Plague in India, 1896, 1897 - Volume 1
Year: 1896
Disease focus: Plague
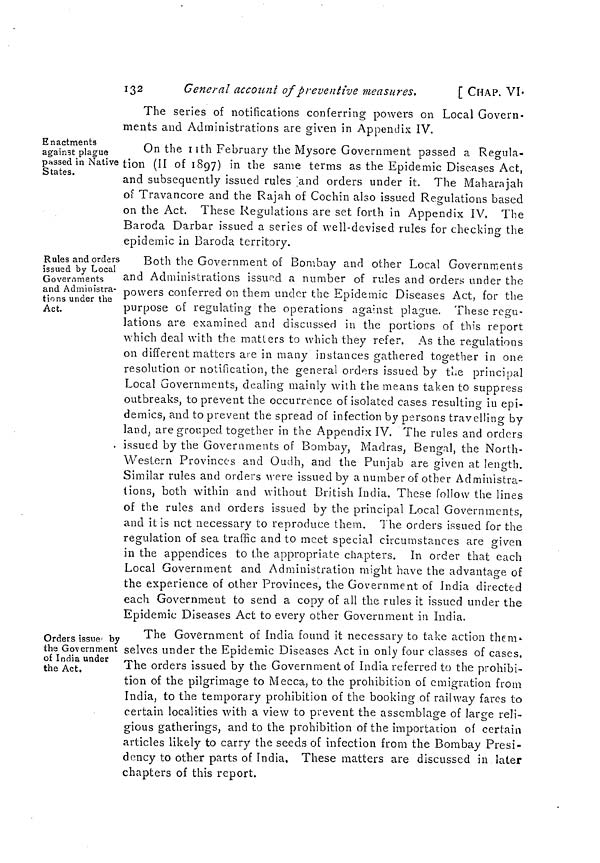
132
General account of preventive measures.
[ CHAP. VI.
The series of notifications conferring powers on Local Govern-
ments and Administrations are given in Appendix IV.
Enactments
against plague
passed in Native
States.
On the 11th February the Mysore Government passed a Regula-
tion (II of 1897) in the same terms as the Epidemic Diseases Act,
and subsequently issued rules and orders under it. The Maharajah
of Travancore and the Rajah of Cochin also issued Regulations based
on the Act. These Regulations are set forth in Appendix IV. The
Baroda Darbar issued a series of well-devised rules for checking the
epidemic in Baroda territory.
Rules and orders
issued by Local
Governments
and Administra-
tions under the
Act.
Both the Government of Bombay and other Local Governments
and Administrations issued a number of rules and orders under the
powers conferred on them under the Epidemic Diseases Act, for the
purpose of regulating the operations against plague. These regu-
lations are examined and discussed in the portions of this report
which deal with the matters to which they refer. As the regulations
on different matters are in many instances gathered together in one
resolution or notification, the general orders issued by the principal
Local Governments, dealing mainly with the means taken to suppress
outbreaks, to prevent the occurrence of isolated cases resulting in epi-
demics, and to prevent the spread of infection by persons travelling by
land, are grouped together in the Appendix IV. The rules and orders
issued by the Governments of Bombay, Madras, Bengal, the North-
Western Provinces and Oudh, and the Punjab are given at length.
Similar rules and orders were issued by a number of other Administra-
tions, both within and without British India. These follow the lines
of the rules and orders issued by the principal Local Governments,
and it is net necessary to reproduce them. The orders issued for the
regulation of sea traffic and to meet special circumstances are given
in the appendices to the appropriate chapters. In order that each
Local Government and Administration might have the advantage of
the experience of other Provinces, the Government of India directed
each Government to send a copy of all the rules it issued under the
Epidemic Diseases Act to every other Government in India.
Orders issue by
the Government
of India under
the Act,
The Government of India found it necessary to take action them-
selves under the Epidemic Diseases Act in only four classes of cases.
The orders issued by the Government of India referred to the prohibi-
tion of the pilgrimage to Mecca, to the prohibition of emigration from
India, to the temporary prohibition of the booking of railway fares to
certain localities with a view to prevent the assemblage of large reli-
gious gatherings, and to the prohibition of the importation of certain
articles likely to carry the seeds of infection from the Bombay Presi-
dency to other parts of India. These matters are discussed in later
chapters of this report.